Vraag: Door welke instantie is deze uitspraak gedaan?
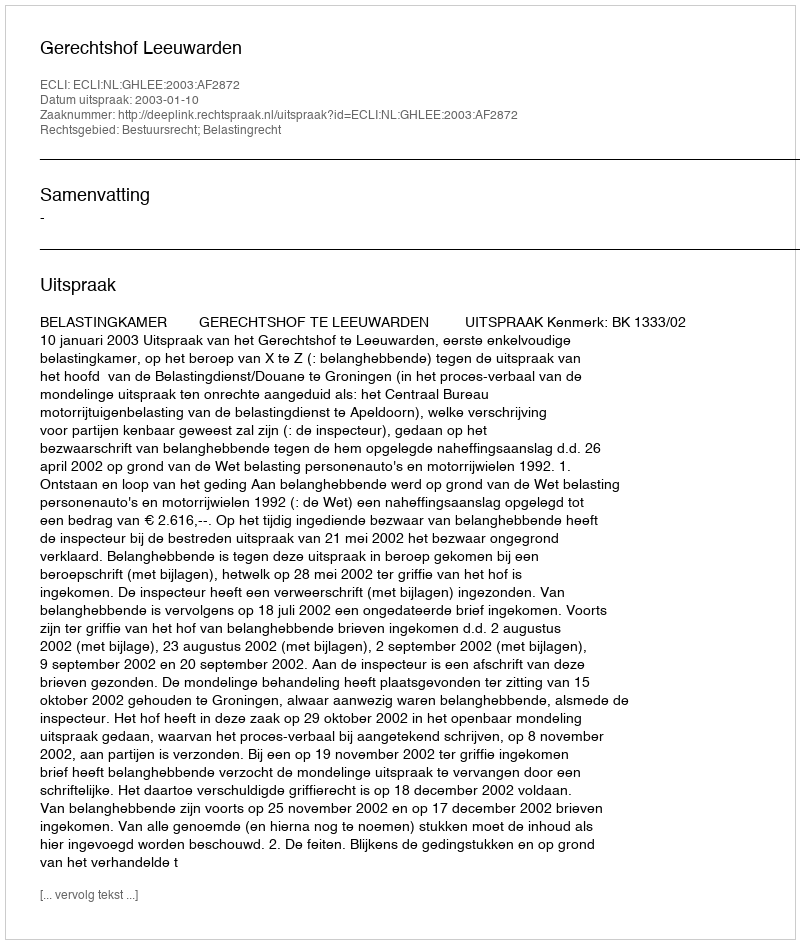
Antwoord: Gerechtshof Leeuwarden